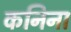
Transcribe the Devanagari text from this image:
कनिना